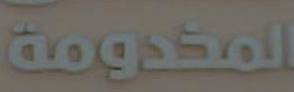
المخدومة